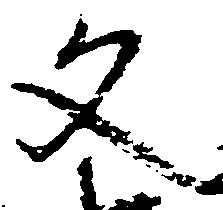
文